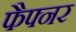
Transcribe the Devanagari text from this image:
फैफ्नर